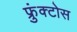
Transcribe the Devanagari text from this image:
फ्रुंक्टोस